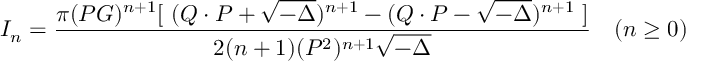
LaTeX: I _ { n } = { \frac { \pi ( P G ) ^ { n + 1 } [ \ ( Q \cdot P + \sqrt { - \Delta } ) ^ { n + 1 } - ( Q \cdot P - \sqrt { - \Delta } ) ^ { n + 1 } \ ] } { 2 ( n + 1 ) ( P ^ { 2 } ) ^ { n + 1 } \sqrt { - \Delta } } } \quad ( n \ge 0 )